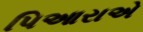
પિઆરાએ